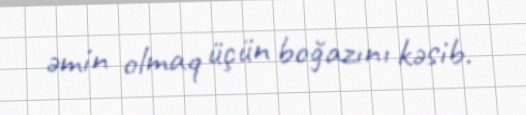
əmin olmaq üçün boğazını kəsib.